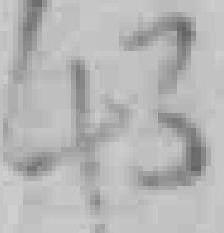
43